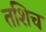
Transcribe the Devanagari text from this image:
तशिच